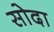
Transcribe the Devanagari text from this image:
सोदा